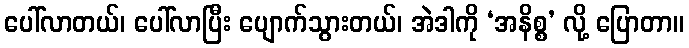
ပေါ်လာတယ်၊ ပေါ်လာပြီး ပျောက်သွားတယ်၊ အဲဒါကို ‘အနိစ္စ’ လို့ ပြောတာ။